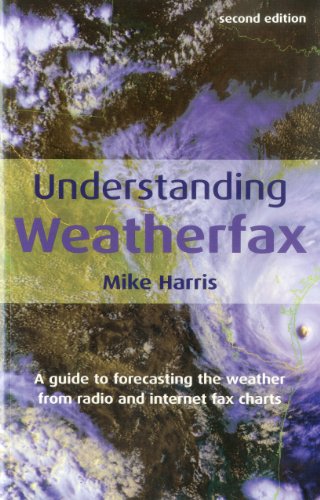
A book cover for Understanding Weatherfax: A Guide to Forecasting the Weather from Radio and Internet Fax Charts; Mike Harris; Engineering & Transportation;